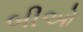
બીઓ